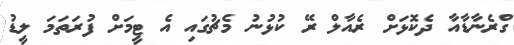
ގްރެނާޑާއާ ދެކޮޅަށް ރެއާލް ރޭ ކުޅުނު މެޗުގައި އެ ޓީމަށް ފުރަތަމަ ލީޑު